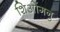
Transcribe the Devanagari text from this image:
शिओंगनु